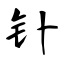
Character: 钋